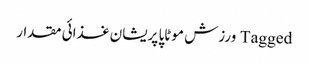
Tagged ورزش موٹاپا پریشان غذائی مقدار